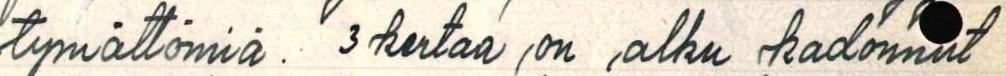
tymättömiä. 3 kertaa on alku kadonnut